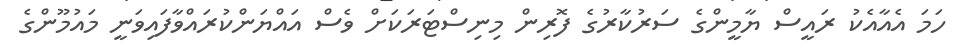
ހަމަ އެއާއެކު ރައީސް ޔާމީންގެ ސަރުކާރުގެ ފޮރިން މިނިސްޓަރަކަށް ވެސް އައްޔަންކުރައްވާފައިވަނީ މައުމޫންގެ